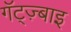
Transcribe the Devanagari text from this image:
गॅट्ज़्बाइ